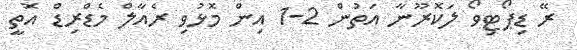
ރޭ ޑިޕޯޓިވޯ ލަކޮރޫނާ އަތުން 2-1 އިން މޮޅުވި ރެއާލް މެޑްރިޑް އޮތީ